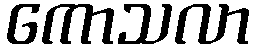
ကောသလာ